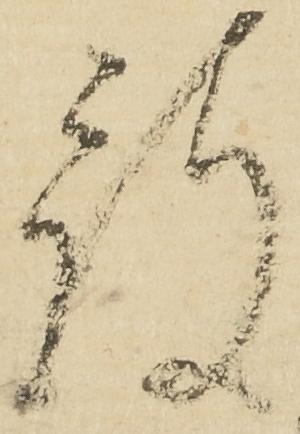
被